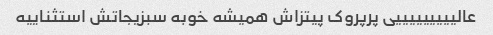
عالیییییییییی پرپروک پیتزاش همیشه خوبه سبزیجاتش استثناییه